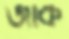
জাক